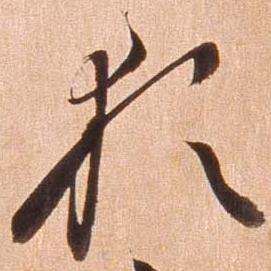
猶